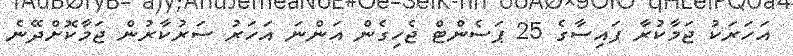
އަހަރަކު ޖަމާކުރާ ފައިސާގެ 25 ޕަސެންޓް ޖެހިގެން އަންނަ އަހަރު ސަރުކާރުން ޖަމާކޮށްދޭނެ